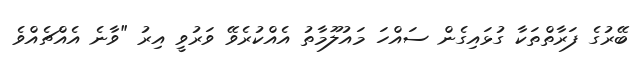
ބޭރުގެ ފަރާތްތަކާ ގުޅައިގެން ސައްހަ މައުލޫމާތު އެއްކުރެވޭ ވަރުވީ އިރު "ވާނެ އެއްޗެއްވެ